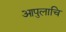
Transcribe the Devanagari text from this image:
आपुलाचि